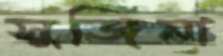
সুজিনা